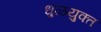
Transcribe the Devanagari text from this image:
धुळयुक्त